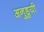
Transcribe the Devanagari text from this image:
अनुडुयी